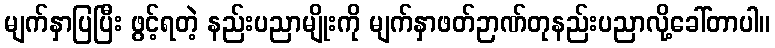
မျက်နှာပြပြီး ဖွင့်ရတဲ့ နည်းပညာမျိုးကို မျက်နှာဖတ်ဉာဏ်တုနည်းပညာလို့ခေါ်တာပါ။